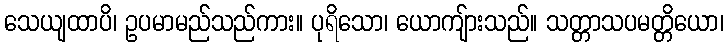
သေယျထာပိ၊ ဥပမာမည်သည်ကား။ ပုရိသော၊ ယောကျ်ားသည်။ သတ္တာသပမတ္တိယော၊